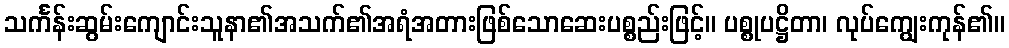
သင်္ကန်းဆွမ်းကျောင်းသူနာ၏အသက်၏အရံအတားဖြစ်သောဆေးပစ္စည်းဖြင့်။ ပစ္စုပဋ္ဌိတာ၊ လုပ်ကျွေးကုန်၏။